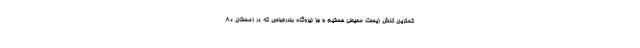
کمترین تنش زیست محیطی هستیم و جز نیروگاه بندرعباس که در زمستان ۸۰